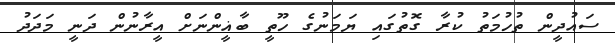
ސައުދީން ތުހުމަތު ކުރާ ގޮތުގައި ޔަމަނުގެ ހޫތީ ބާޣީންނަށް އީރާނުން ދަނީ މަދަދު